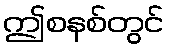
ဤစနစ်တွင်